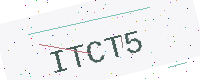
Text: ITCT5